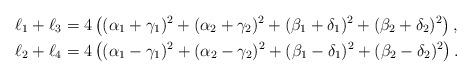
LaTeX: \begin{align*} \ell_1+\ell_3 & = 4\left((\alpha_1+\gamma_1)^2+(\alpha_2+\gamma_2)^2+(\beta_1+\delta_1)^2+(\beta_2+\delta_2)^2\right),\\ \ell_2+\ell_4 & = 4\left((\alpha_1-\gamma_1)^2+(\alpha_2-\gamma_2)^2+(\beta_1-\delta_1)^2+(\beta_2-\delta_2)^2\right).\end{align*}